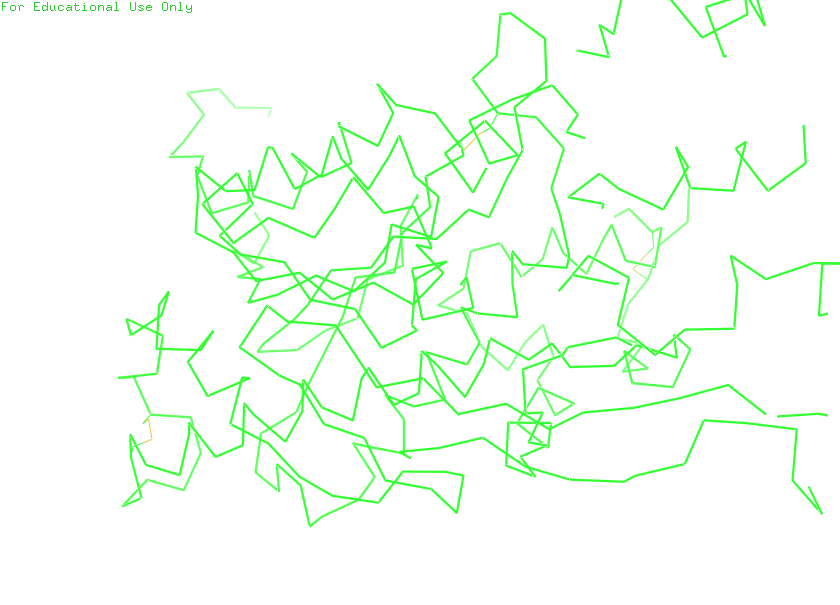
pymol, preset, simple